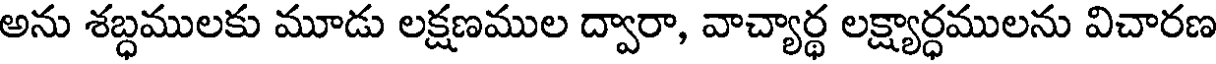
అను శబ్ధములకు మూడు లక్షణముల ద్వారా, వాచ్యార్థ లక్ష్యార్ధములను విచారణ